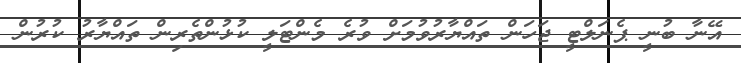
އޭނާ ބުނީ ޕެނަލްޓީ ޖަހަން ތައްޔާރުވުމަށް ވުރެ މެންޓަލީ ކުޅުންތެރިން ތައްޔާރު ކުރުން